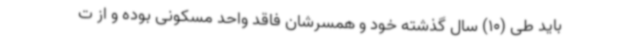
باید طی (10) سال گذشته خود و همسرشان فاقد واحد مسکونی بوده و از ت